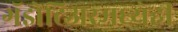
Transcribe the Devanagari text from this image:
गॅझेटिअरमध्येही